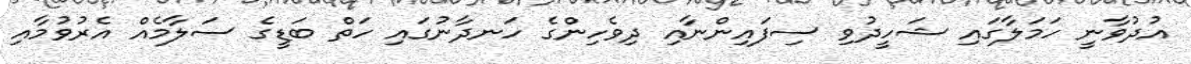
އުދުވާނީ ހަމަލާގައި ޝަހީދުވި ސިފައިންނާއި ދިވެހިންގެ ހަނދާނުގައި ހަތް ބަޑީގެ ސަލާމެއް އެރުވުމާއި